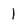
Character: 1